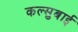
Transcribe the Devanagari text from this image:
कल्सुबाई